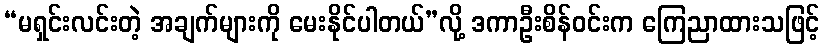
“မရှင်းလင်းတဲ့ အချက်များကို မေးနိုင်ပါတယ်”လို့ ဒကာဦးစိန်ဝင်းက ကြေညာထားသဖြင့်